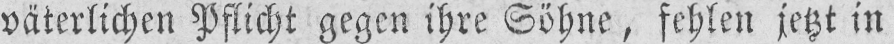
väterlichen Pflicht gegen ihre Söhne, fehlen jetzt in